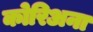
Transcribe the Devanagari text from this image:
कोरिअना